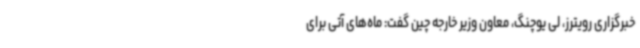
خبرگزاری رویترز، لی یوچنگ، معاون وزیر خارجه چین گفت: ماه‌های آتی برای